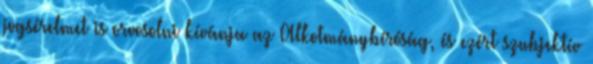
jogsérelmet is orvosolni kívánja az Alkotmánybíróság, és ezért szubjektív